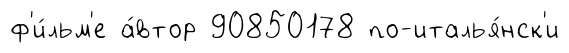
ф'и́льм'е а́втор 90850178 по-италья́нск'и